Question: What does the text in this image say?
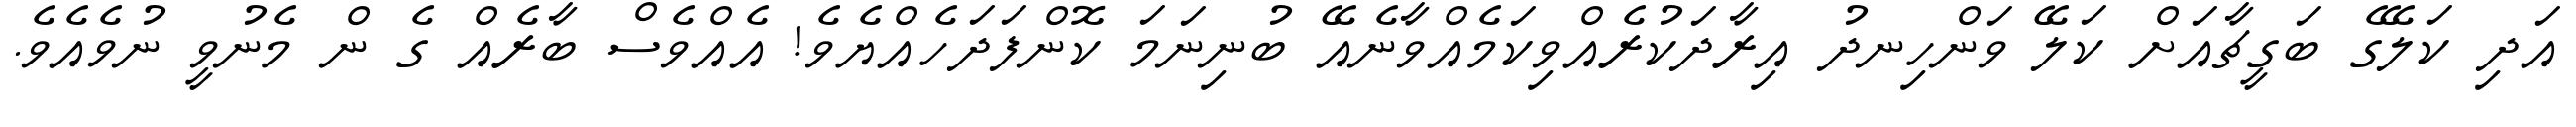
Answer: އަދި ކަލޭގެ ބަގީޗާއަށް ކަލޭ ވަންހިނދު އިރާދަކުރެއްވިކަމެއްވާނެއޭ ބުނިނަމަ ކޮންފަދަހެއްޔެވެ! އެއްވެސް ބާރެއް ގެ ން މެނުވީ ނުވެއެވެ.